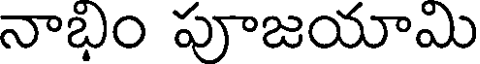
నాభిం పూజయామి